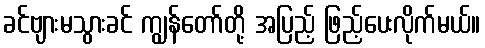
ခင်ဗျားမသွားခင် ကျွန်တော်တို့ အပြည့် ဖြည့်ပေးလိုက်မယ်။